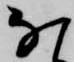
な